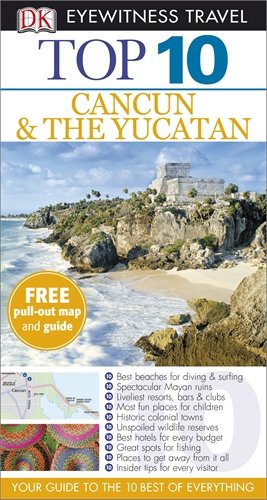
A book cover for DK Eyewitness Top 10 Travel Guide: Cancun & the Yucatan; Nick Rider; Travel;